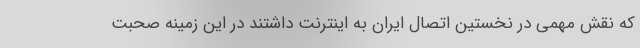
که نقش مهمی در نخستین اتصال ایران به اینترنت داشتند در این زمینه صحبت